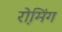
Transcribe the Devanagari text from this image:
रो़मिंग